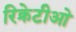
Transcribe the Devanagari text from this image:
रिक्रेटीओ